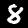
Digit: 8